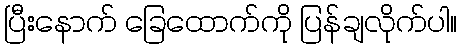
ပြီးနောက် ခြေထောက်ကို ပြန်ချလိုက်ပါ။